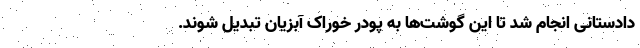
دادستانی انجام شد تا این گوشت‌ها به پودر خوراک آبزیان تبدیل شوند.